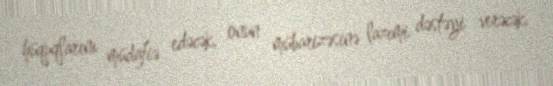
hüquqlarını müdafiə edəcək, onun mübarizəsinə lazımi dəstəyi verəcək.